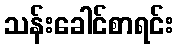
သန်းခေါင်စာရင်း